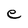
Character: e